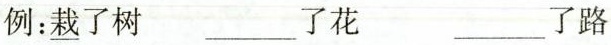
例：\underline{栽}了树 ___了花 ___了路